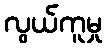
လွယ်ကူမှု